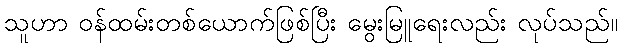
သူဟာ ဝန်ထမ်းတစ်ယောက်ဖြစ်ပြီး မွေးမြူရေးလည်း လုပ်သည်။